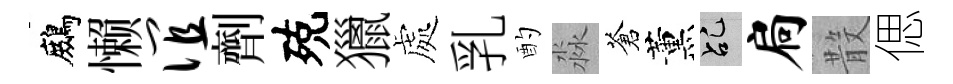
鷓懒谊劑殑獵處乳酌淼蒼薰乩扃𣪚偲